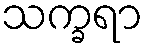
သက္ခရာ